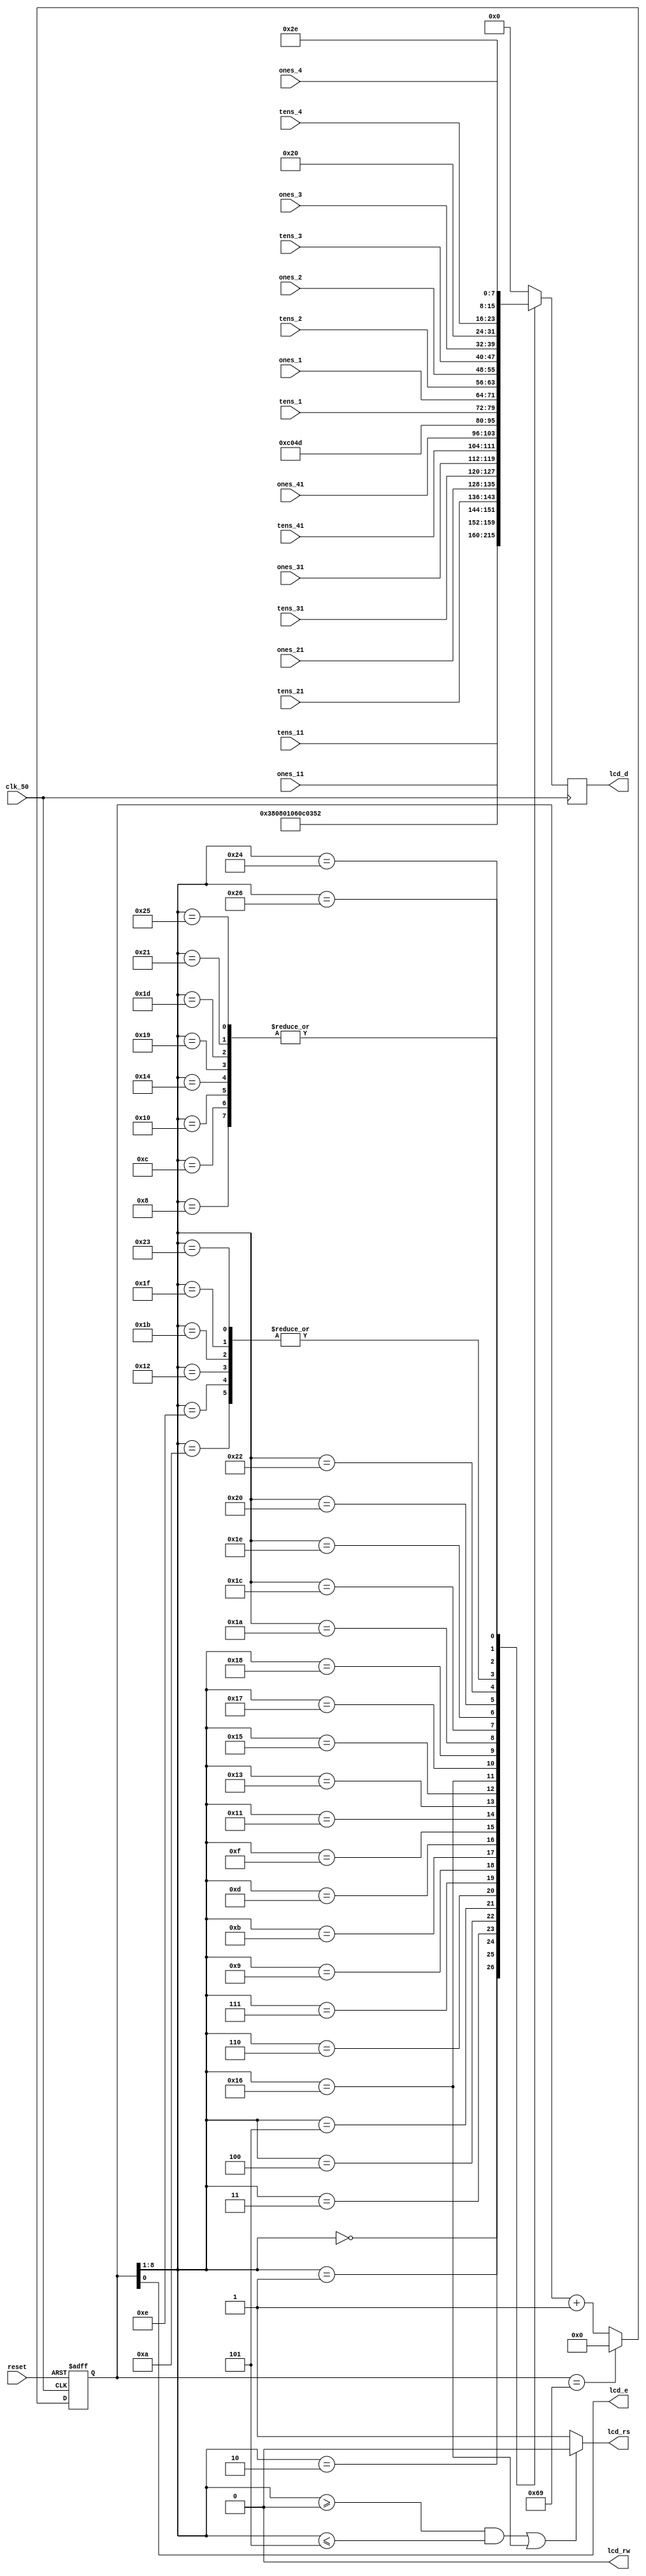
module textLCD(clk_50, reset, lcd_d, lcd_rs, lcd_rw, lcd_e, tens_1, ones_1, tens_2, ones_2, tens_3, ones_3, tens_4, ones_4, tens_11, ones_11, tens_21, ones_21, tens_31, ones_31, tens_41, ones_41);
input reset,clk_50;
output[7:0] lcd_d;
output lcd_rs, lcd_rw, lcd_e;

reg [8:0] lcd_cnt;
reg [7:0] lcd_db;
wire [7:0] lcd_d;
wire[7:0] lcd_state;
wire lcd_rs,lcd_rw,lcd_e;

input [7:0] tens_1, ones_1, tens_2, ones_2, tens_3, ones_3, tens_4, ones_4;
input [7:0] tens_11, ones_11, tens_21, ones_21, tens_31, ones_31, tens_41, ones_41;

always @(posedge clk_50 or negedge reset)
begin
if (reset==0) 
lcd_cnt = 0;
else 
begin
if (lcd_cnt == 9'b001101001)
lcd_cnt = 0;
else
lcd_cnt=lcd_cnt+1;
end
end

assign lcd_state={lcd_cnt[8:1]};

always @(posedge clk_50) begin
 case (lcd_state)
8'h00   :lcd_db=   8'b00111000;
8'h01   :lcd_db=   8'b00001000;
8'h02   :lcd_db=   8'b00000001;
8'h03   :lcd_db=   8'b00000110;
8'h04   :lcd_db=   8'b00001100;
8'h05   :lcd_db=   8'b00000011;
8'h06   :lcd_db=   8'h52;
8'h07   :lcd_db=   tens_11;//real 1 ten
8'h08   :lcd_db=   8'h2E;
8'h09   :lcd_db=   ones_11;//real 1 one
8'h0A   :lcd_db=   8'h20;
8'h0B   :lcd_db=   tens_21;//real 2 ten
8'h0C   :lcd_db=   8'h2E;
8'h0D   :lcd_db=   ones_21;//real 2 one
8'h0E   :lcd_db=   8'h20;
8'h0F   :lcd_db=   tens_31;//real 3 ten
8'h10   :lcd_db=   8'h2E;
8'h11   :lcd_db=   ones_31;//real 3 one
8'h12   :lcd_db=   8'h20;
8'h13   :lcd_db=   tens_41;//real 4 ten
8'h14   :lcd_db=   8'h2E;
8'h15   :lcd_db=   ones_41;//real 4 one
8'h16   :lcd_db=   8'hC0;
8'h17   :lcd_db=   8'h4D;
8'h18   :lcd_db=   tens_1;//max 1 ten
8'h19   :lcd_db=   8'h2E;
8'h1A   :lcd_db=   ones_1;//max 1 one
8'h1B   :lcd_db=   8'h20;
8'h1C   :lcd_db=   tens_2;//max 2 ten
8'h1D   :lcd_db=   8'h2E;
8'h1E   :lcd_db=   ones_2;//max 2 one
8'h1F   :lcd_db=   8'h20;
8'h20   :lcd_db=   tens_3;//max 3 ten
8'h21   :lcd_db=   8'h2E;
8'h22   :lcd_db=   ones_3;//max 3 one
8'h23   :lcd_db=   8'h20;
8'h24   :lcd_db=   tens_4;//max 4 ten
8'h25   :lcd_db=   8'h2E;
8'h26   :lcd_db=   ones_4;//max 4 one
default:lcd_db=8'h00;
endcase;
end

assign lcd_rw =1'b0;
assign lcd_e = lcd_cnt[0];
assign lcd_rs=((lcd_state >=8'h00 && lcd_state <=8'h05)||(lcd_state==8'h16))? 1'b0 : 1'b1;
assign lcd_d=lcd_db;


endmodule